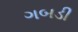
ગબડી